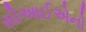
સીઆઈએનો